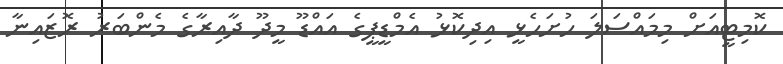
ކޮމިޓީއަށް މިމައްސަލަ ހުށަހެޅީ އިދިކޮޅު އެމްޑީޕީގެ އައްޑޫ މީދޫ ދާއިރާގެ މެންބަރު ރޮޒައިނާ